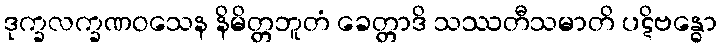
ဒုက္ခလက္ခဏဝသေန နိမိတ္တဘူတံ ခေတ္တာဒိ သဿတီသမာတိ ပဋိဗန္ဓော